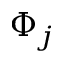
\Phi _ { j }